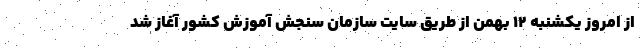
از امروز یکشنبه ۱۲ بهمن از طریق سایت سازمان سنجش آموزش کشور آغاز شد